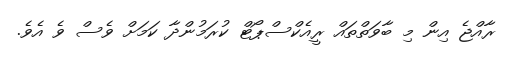
ރާއްޖެ އިން މި ބާވަތްތައް ރީއެކްސްޕޯޓް ކުރަމުންދާ ކަމަށް ވެސް ވެ އެވެ.